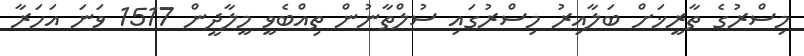
މިސްރުގެ ތާރީޚަށް ބަލާއިރު މިސްރުގައި ސުލްތާނުން ތިއްބެވީ މީލާދީން 1517 ވަނަ އަހަރާ